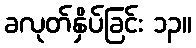
ခလုတ်နှိပ်ခြင်း ၁၃။